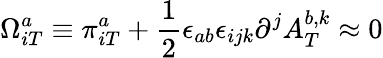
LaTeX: \Omega_{iT}^{a}\equiv\pi_{iT}^{a}+\frac{1}{2}\epsilon_{ab}\epsilon_{ijk}\partial^{j}A_{T}^{b,k}\approx 0